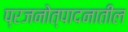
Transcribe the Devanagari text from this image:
प्रजनोत्पादनातील